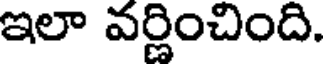
ఇలా వర్ణించింది.